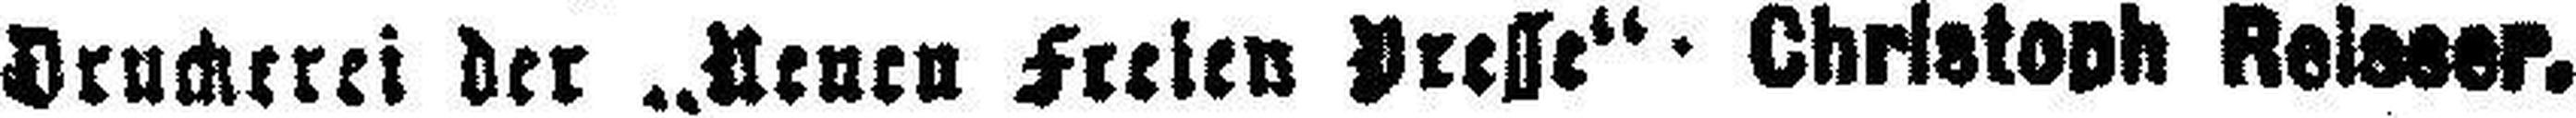
Druckerei der „Neuen Freien Presse“ - Christoph Reisser.